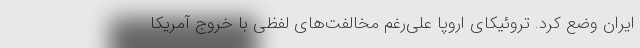
ایران وضع کرد. تروئیکای اروپا علی‌رغم مخالفت‌های لفظی با خروج آمریکا